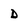
Character: D